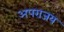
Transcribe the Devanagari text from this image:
अपराजय